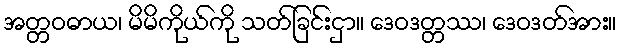
အတ္တဝဓာယ၊ မိမိကိုယ်ကို သတ်ခြင်းငှာ။ ဒေဝဒတ္တဿ၊ ဒေဝဒတ်အား။